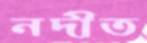
নদীত